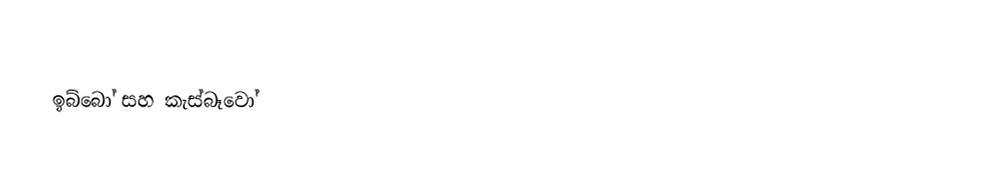
ඉබ්බෝ සහ කැස්බෑවෝ